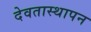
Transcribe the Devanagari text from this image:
देवतास्थापन